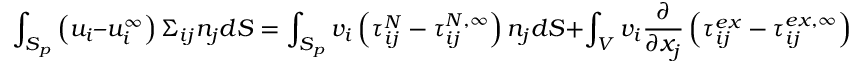
\int _ { S _ { p } } \left( u _ { i } – u _ { i } ^ { \infty } \right) \Sigma _ { i j } n _ { j } d S = \int _ { S _ { p } } v _ { i } \left( \tau _ { i j } ^ { N } - \tau _ { i j } ^ { N , \infty } \right) n _ { j } d S + \int _ { V } v _ { i } \frac { \partial } { \partial x _ { j } } \left( \tau _ { i j } ^ { e x } - \tau _ { i j } ^ { e x , \infty } \right) d V